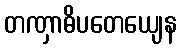
တဏှာဓိပတေယျေန